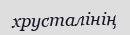
хрусталінің